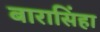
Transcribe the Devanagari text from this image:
बारासिंहा